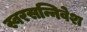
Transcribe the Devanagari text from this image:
स्वरसन्निवेश